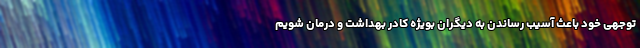
توجهی خود باعث آسیب رساندن به دیگران بویژه کادر بهداشت و درمان شویم